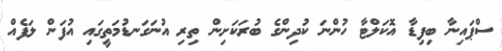
ސްޕައިނާ ބިފިޑާ އޮކަލްޓާ ހުންނަ ކުދިންގެ ބުރަކަށިން ތިރި އުނަގަނޑުމަތީގައި އުފަން ލަފެއް